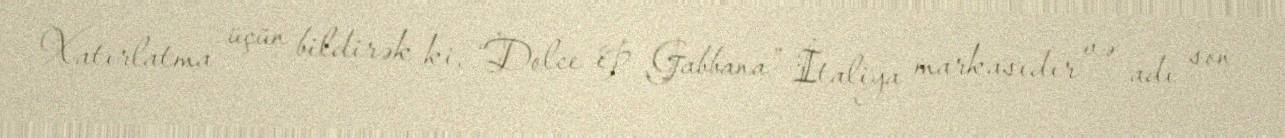
Xatırlatma üçün bildirək ki, “Dolce & Gabbana” İtaliya markasıdır və adı son